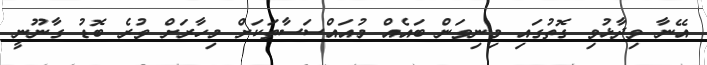
އޭނާ ވިދާޅުވި ގޮތުގައި މިނިވަން ބައެއް މުއައްސަސާތަކަށް މިހާރަށް ވުރެ ބޮޑު ގާނޫނީ